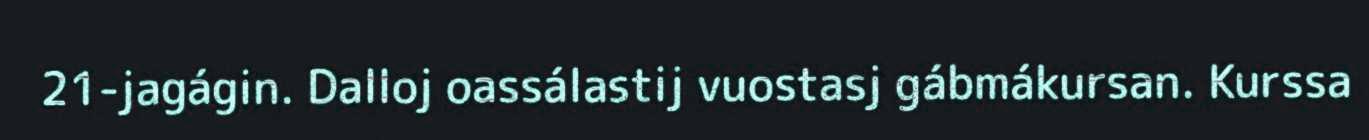
21-jagágin. Dalloj oassálastij vuostasj gábmákursan. Kurssa